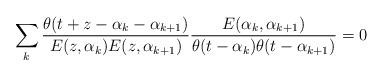
LaTeX: \begin{align*}\sum_k\frac{\theta(t+z-\alpha_k-\alpha_{k+1})}{E(z,\alpha_k)E(z,\alpha_{k+1})}\frac{E(\alpha_k,\alpha_{k+1})}{\theta(t-\alpha_k)\theta(t-\alpha_{k+1})}=0\end{align*}